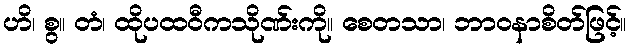
ဟိ၊ စွ။ တံ၊ ထိုပထဝီကသိုဏ်းကို။ စေတသာ၊ ဘာဝနာစိတ်ဖြင့်။